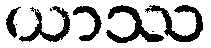
ယာဿ